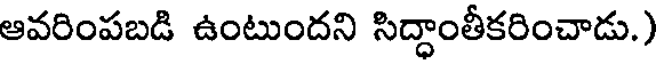
ఆవరింపబడి ఉంటుందని సిద్ధాంతీకరించాడు.)